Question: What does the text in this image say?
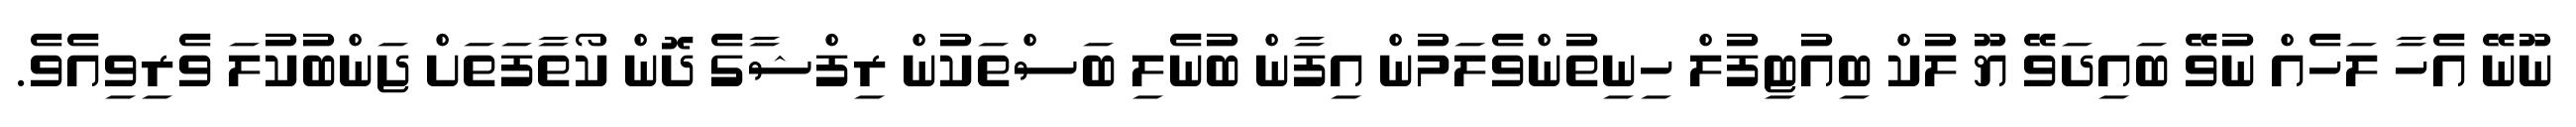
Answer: ނޫނޭ އެހާ ލަހެއް ނުވޭ ބައިދަވޭ ޔޫ ލުކް ބިއުޓިފުލް ހިނިތުންވެލަމުން އިފާން ބުނެލި ބަސްތަކުން ރިފްޝާގެ ދޮން ކޯތާފަތަށް ޖަންބުކުލަ ވެރިވިއެވެ.